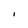
Character: l